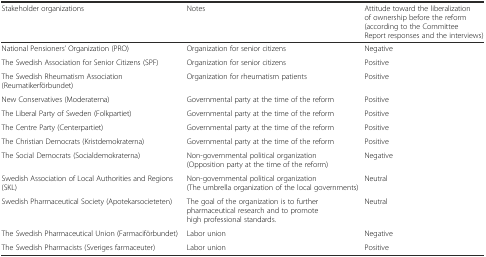
<table><thead><tr><td><b>Stakeholder organizations</b></td><td><b>Notes</b></td><td><b>Attitude toward the liberalization of ownership before the reform (according to the Committee Report responses and the interviews)</b></td></tr></thead><tbody><tr><td>National Pensioners’ Organization (PRO)</td><td>Organization for senior citizens</td><td>Negative</td></tr><tr><td>The Swedish Association for Senior Citizens (SPF)</td><td>Organization for senior citizens</td><td>Positive</td></tr><tr><td>The Swedish Rheumatism Association (Reumatikerförbundet)</td><td>Organization for rheumatism patients</td><td>Positive</td></tr><tr><td>New Conservatives (Moderaterna)</td><td>Governmental party at the time of the reform</td><td>Positive</td></tr><tr><td>The Liberal Party of Sweden (Folkpartiet)</td><td>Governmental party at the time of the reform</td><td>Positive</td></tr><tr><td>The Centre Party (Centerpartiet)</td><td>Governmental party at the time of the reform</td><td>Positive</td></tr><tr><td>The Christian Democrats (Kristdemokraterna)</td><td>Governmental party at the time of the reform</td><td>Positive</td></tr><tr><td>The Social Democrats (Socialdemokraterna)</td><td>Non-governmental political organization (Opposition party at the time of the reform)</td><td>Negative</td></tr><tr><td>Swedish Association of Local Authorities and Regions (SKL)</td><td>Non-governmental political organization (The umbrella organization of the local governments)</td><td>Neutral</td></tr><tr><td>Swedish Pharmaceutical Society (Apotekarsocieteten)</td><td>The goal of the organization is to further pharmaceutical research and to promote high professional standards.</td><td>Neutral</td></tr><tr><td>The Swedish Pharmaceutical Union (Farmaciförbundet)</td><td>Labor union</td><td>Negative</td></tr><tr><td>The Swedish Pharmacists (Sveriges farmaceuter)</td><td>Labor union</td><td>Positive</td></tr></tbody></table>